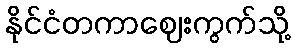
နိုင်ငံတကာဈေးကွက်သို့